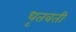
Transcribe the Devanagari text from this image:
धृतवती